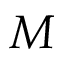
M